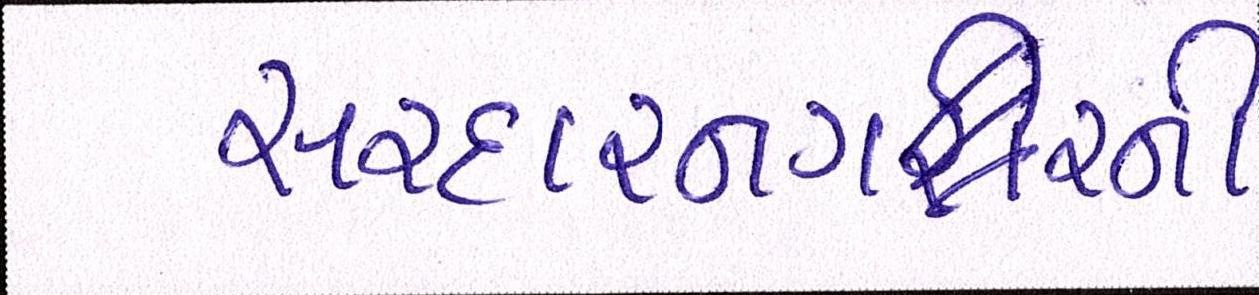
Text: સરદારનગરની